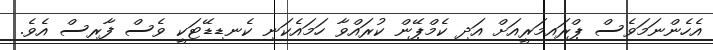
އެހެންނަމަވެސް ޕްރައިމަރީއަށް އަދި ކެމްޕޭން ކުރައްވާ ހަމައެކަނި ކެނޑިޑޭޓަކީ ވެސް ފާރިސް އެވެ.